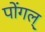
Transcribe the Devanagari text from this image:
पोंगल्